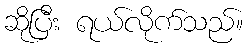
ဆိုပြီး ရယ်လိုက်သည်။